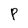
Character: P